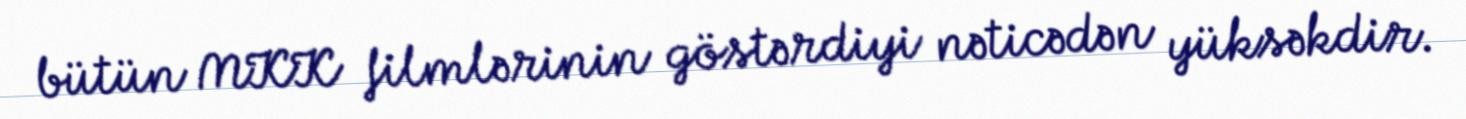
bütün MKK filmlərinin göstərdiyi nəticədən yüksəkdir.